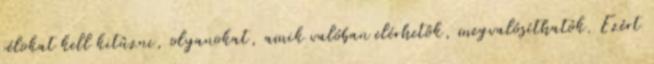
célokat kell kitûzni, olyanokat, amik valóban elérhetôk, megvalósíthatók. Ezért